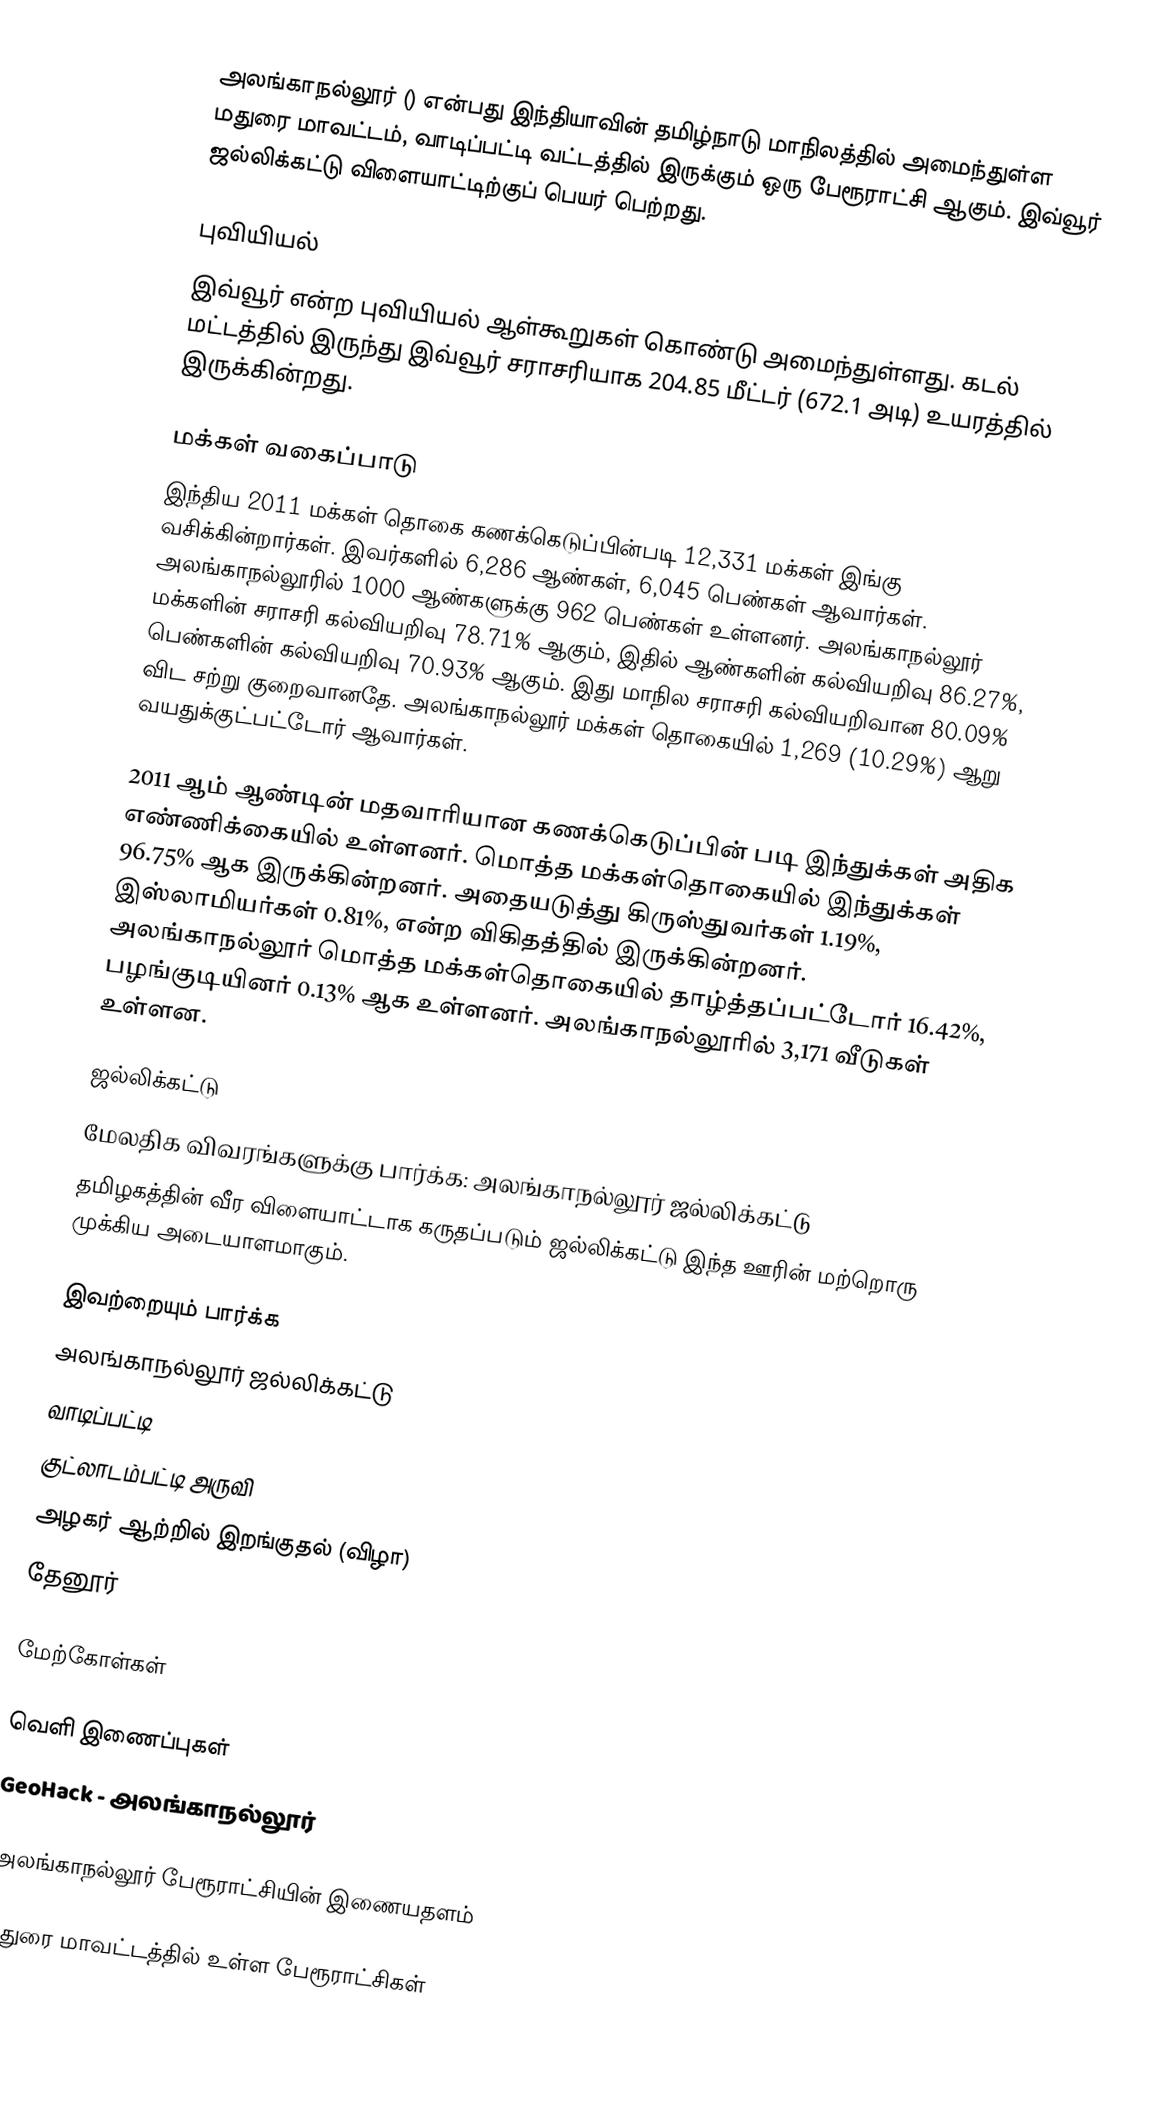
அலங்காநல்லூர் () என்பது இந்தியாவின் தமிழ்நாடு மாநிலத்தில் அமைந்துள்ள மதுரை மாவட்டம், வாடிப்பட்டி வட்டத்தில்  இருக்கும் ஒரு பேரூராட்சி ஆகும். இவ்வூர் ஜல்லிக்கட்டு விளையாட்டிற்குப் பெயர் பெற்றது.

புவியியல்
இவ்வூர்  என்ற புவியியல் ஆள்கூறுகள் கொண்டு அமைந்துள்ளது. கடல் மட்டத்தில் இருந்து இவ்வூர் சராசரியாக 204.85 மீட்டர் (672.1 அடி) உயரத்தில் இருக்கின்றது.

மக்கள் வகைப்பாடு
இந்திய 2011 மக்கள் தொகை கணக்கெடுப்பின்படி 12,331 மக்கள் இங்கு வசிக்கின்றார்கள். இவர்களில் 6,286 ஆண்கள், 6,045 பெண்கள் ஆவார்கள். அலங்காநல்லூரில் 1000 ஆண்களுக்கு 962 பெண்கள் உள்ளனர். அலங்காநல்லூர் மக்களின் சராசரி கல்வியறிவு 78.71% ஆகும், இதில் ஆண்களின் கல்வியறிவு 86.27%, பெண்களின் கல்வியறிவு 70.93% ஆகும். இது மாநில சராசரி கல்வியறிவான 80.09% விட சற்று குறைவானதே. அலங்காநல்லூர் மக்கள் தொகையில் 1,269 (10.29%) ஆறு வயதுக்குட்பட்டோர் ஆவார்கள்.

2011 ஆம் ஆண்டின் மதவாரியான கணக்கெடுப்பின் படி இந்துக்கள் அதிக எண்ணிக்கையில் உள்ளனர். மொத்த மக்கள்தொகையில் இந்துக்கள் 96.75% ஆக இருக்கின்றனர். அதையடுத்து கிருஸ்துவர்கள் 1.19%, இஸ்லாமியர்கள் 0.81%, என்ற விகிதத்தில் இருக்கின்றனர். அலங்காநல்லூர் மொத்த மக்கள்தொகையில் தாழ்த்தப்பட்டோர் 16.42%, பழங்குடியினர் 0.13% ஆக உள்ளனர். அலங்காநல்லூரில் 3,171 வீடுகள் உள்ளன.

ஜல்லிக்கட்டு
மேலதிக விவரங்களுக்கு பார்க்க: அலங்காநல்லூர் ஜல்லிக்கட்டு
தமிழகத்தின் வீர விளையாட்டாக கருதப்படும் ஜல்லிக்கட்டு இந்த ஊரின் மற்றொரு முக்கிய அடையாளமாகும்.

இவற்றையும் பார்க்க
அலங்காநல்லூர் ஜல்லிக்கட்டு
வாடிப்பட்டி
குட்லாடம்பட்டி அருவி
அழகர் ஆற்றில் இறங்குதல் (விழா)
தேனூர்

மேற்கோள்கள்

வெளி இணைப்புகள்
 GeoHack - அலங்காநல்லூர்

 அலங்காநல்லூர் பேரூராட்சியின் இணையதளம்

மதுரை மாவட்டத்தில் உள்ள பேரூராட்சிகள்